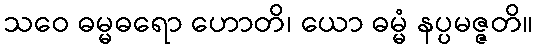
သဝေ ဓမ္မဓရော ဟောတိ၊ ယော ဓမ္မံ နပ္ပမဇ္ဇတိ။